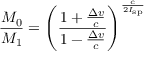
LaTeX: { \frac { M _ { 0 } } { M _ { 1 } } } = \left( { \frac { 1 + { \frac { \Delta v } { c } } } { 1 - { \frac { \Delta v } { c } } } } \right) ^ { \frac { c } { 2 I _ { \mathrm { s p } } } }